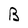
Character: B